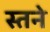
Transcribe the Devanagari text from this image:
स्तने